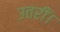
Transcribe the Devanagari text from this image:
उतरीं।